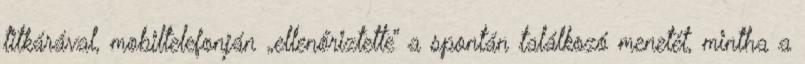
titkárával, mobil­­tele­fonján „ellenőriztette” a spontán találkozó menetét, mintha a